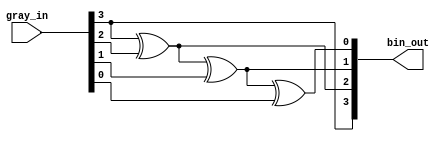
module COREFIFO_C0_COREFIFO_C0_0_corefifo_grayToBinConv(
                                         gray_in,
                                         bin_out
                                        );

   // --------------------------------------------------------------------------
   // Parameter Declaration
   // --------------------------------------------------------------------------
   parameter ADDRWIDTH  = 3;
  // parameter SYNC_RESET = 0;   

   // --------------------------------------------------------------------------
   // I/O Declaration
   // --------------------------------------------------------------------------

   //--------
   // Inputs
   //--------
   input [ADDRWIDTH:0]    gray_in;

   //---------
   // Outputs
   //---------
   output [ADDRWIDTH:0] bin_out;

   // --------------------------------------------------------------------------
   // Internal signals
   // --------------------------------------------------------------------------
   reg [ADDRWIDTH:0]      bin_out;   
   integer                i;
   

   // --------------------------------------------------------------------------
   //                               Start - of - Code
   // --------------------------------------------------------------------------


   // --------------------------------------------------------------------------
   // Logic to Convert the Gray code to Binary
   // --------------------------------------------------------------------------
   always @(*) begin

      bin_out[ADDRWIDTH]  = gray_in[ADDRWIDTH];      

      for(i=ADDRWIDTH;i>0;i = i-1) begin
         bin_out[i-1]     = (bin_out[i] ^ gray_in[i-1]);
      end

   end

endmodule